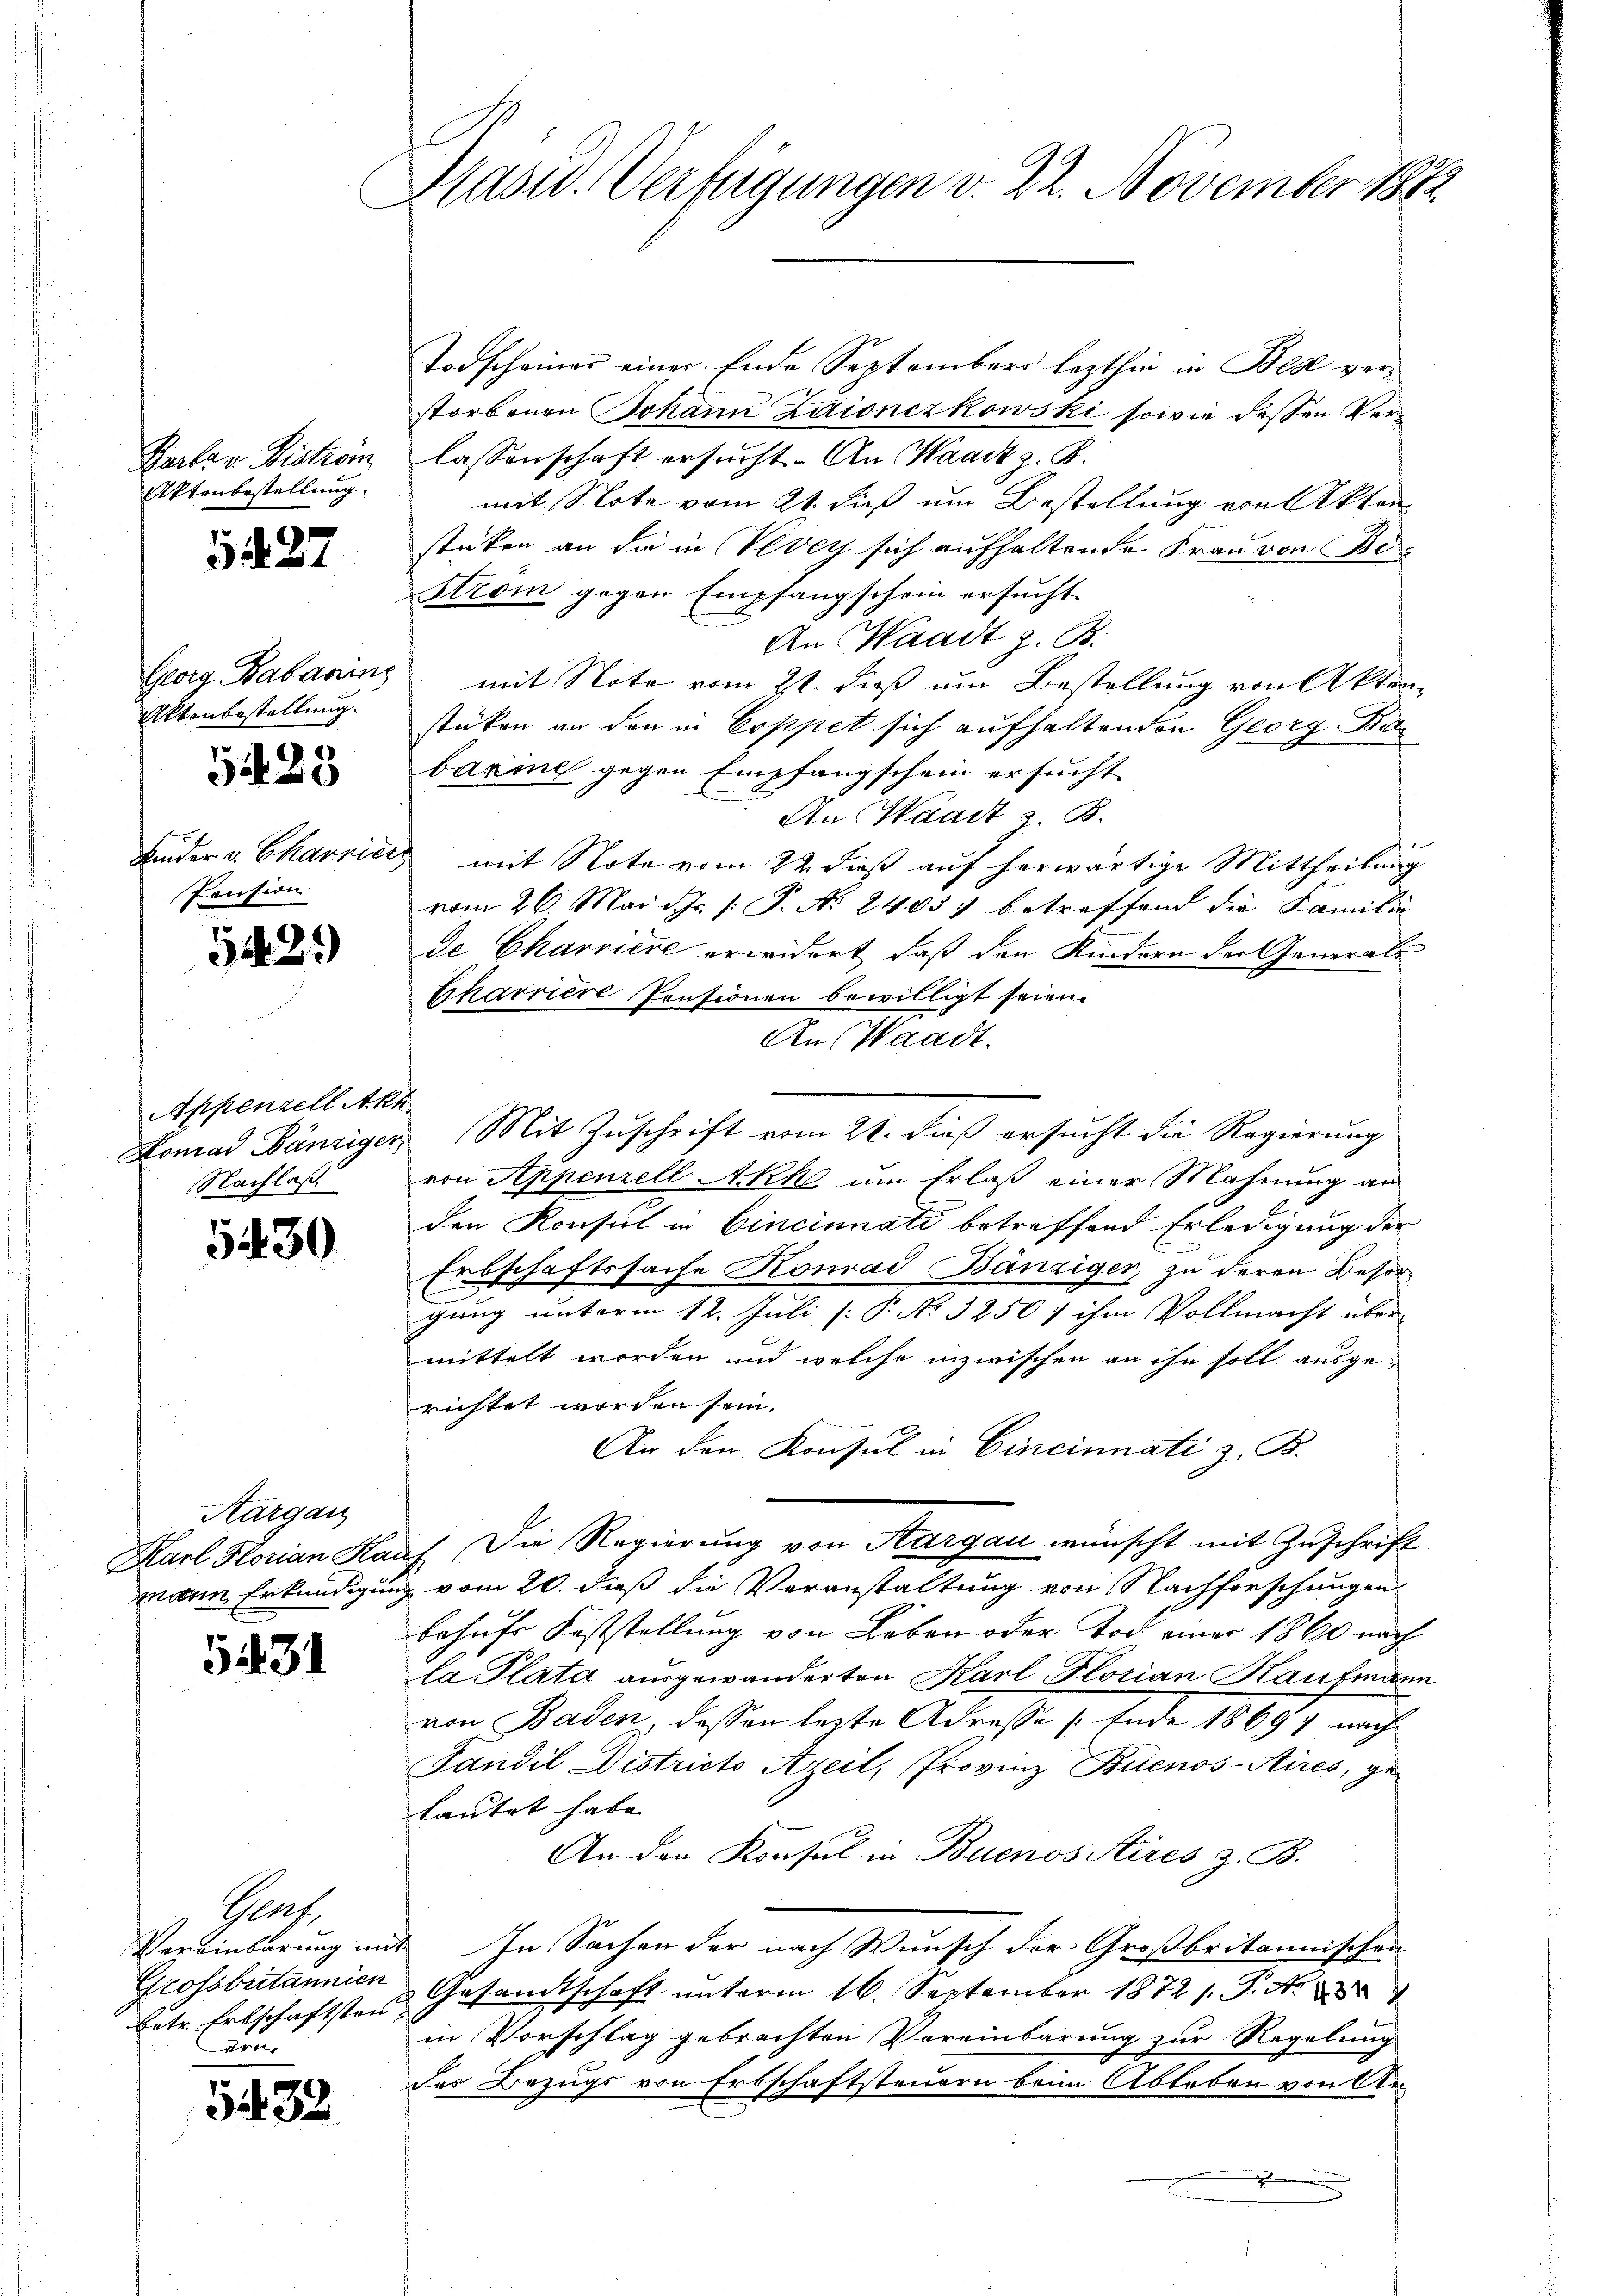
Parla u. Biström
Aktenbestellung.

5427

Georg Babarinz
Aktenbestaltung.

5423

Kinder v. Charnier
Pension

5429)

Appenzell Akh.
Nachlaß

5430

Aargau

531

Prof.
betr. Erbschäftsten
Arn

5432.

Hasid. Verfügungen v. 22. November 1882

Todscheiner einer Ende September lezthin in Bes verstorbenen Johann Zaionczkowski sowie dessen Verlassenschaft ersucht. An Waadt z. B.
mit Note vom 21. dieß um Bestellung von Akten
stüken an die in Vevey sich aufhaltende Frau von Be¬
Strom gegen Empfangschein ersucht
An Waadt z. B.
" mit Nota vom 21. dieß um Bestellung von Akten
stüken an den in Coppet sich aufhaltenden Georg Böbarine gegen Empfangschein ersucht
An Waadt z. B.
c mit Note vom 22. dieß auf herwärtige Mittheilung
vom 26. Mai d. Js. /: P. Nr. 2405) betreffend die Familie
de Charriere erwidert, daß den Kindern der General
Eharriere Consionen bewilligt seien.
An Waadt.
Nomad Bänziger Mit Zuschrift vom 21. dieß ersucht die Regierung
von Appenzell Akke um Erlaß einer Mahnung an
den Konsul in Cincinnati betreffend Erledigung der
Erbschaftssache Komad Bänziger, zu deren Besorgung unterm 12. Juli [: P. No 32507 ihm Vollmacht über
mittelt worden und welche inzwischen an ihn soll ausgerichtet worden sein.
An den Konsul in Cincinnati z. B.
Karl Florian Haus Die Regierung von Aargau wünscht mit Zuschrift
mann Erkundigung vom 20. dieß die Veranstaltung von Nachforschungen
behufs Feststellung von Leben oder Tod einer 1860 nach
la Plata ausgewanderten Karl Florian Kaufmann
von Baden, dessen lezte Adresse (Ende 18697 nach
Tandil Districto Azeil, Provinz Buenos-Aires, ge-
lautet habe.
An den Konsul in Buenos Aires z. B.
Vereinbarung mit In Sachen der nach Wunsch der Großbritannischen
Grossbritannien Gesandtschaft unterm 16. September 1872 s. S. A.
in Vorschlag gebrachten Vereinbarung zur Regelung
das Bezugs von Erbschaftsteuern beim Ableben von Ar¬
.
.